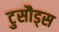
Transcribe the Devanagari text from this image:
टुसौड्स